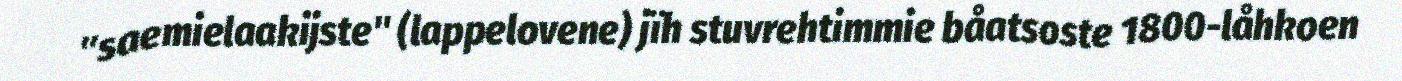
"saemielaakijste" (lappelovene) jïh stuvrehtimmie båatsoste 1800-låhkoen